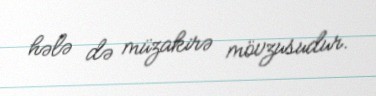
hələ də müzakirə mövzusudur.